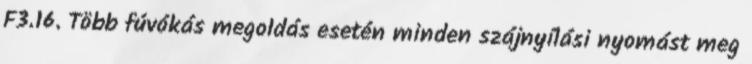
F3.16. Több fúvókás megoldás esetén minden szájnyílási nyomást meg